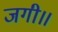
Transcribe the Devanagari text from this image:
जगी॥